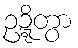
ဥဍ္ဍိတွာ